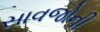
સાવજોની